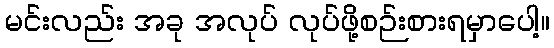
မင်းလည်း အခု အလုပ် လုပ်ဖို့စဉ်းစားရမှာပေါ့။